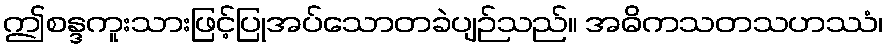
ဤစန္ဒကူးသားဖြင့်ပြုအပ်သောတခဲပျဉ်သည်။ အဓိကသတသဟဿံ၊